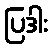
ပြဒါး